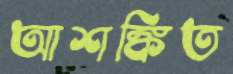
আশঙ্কিত